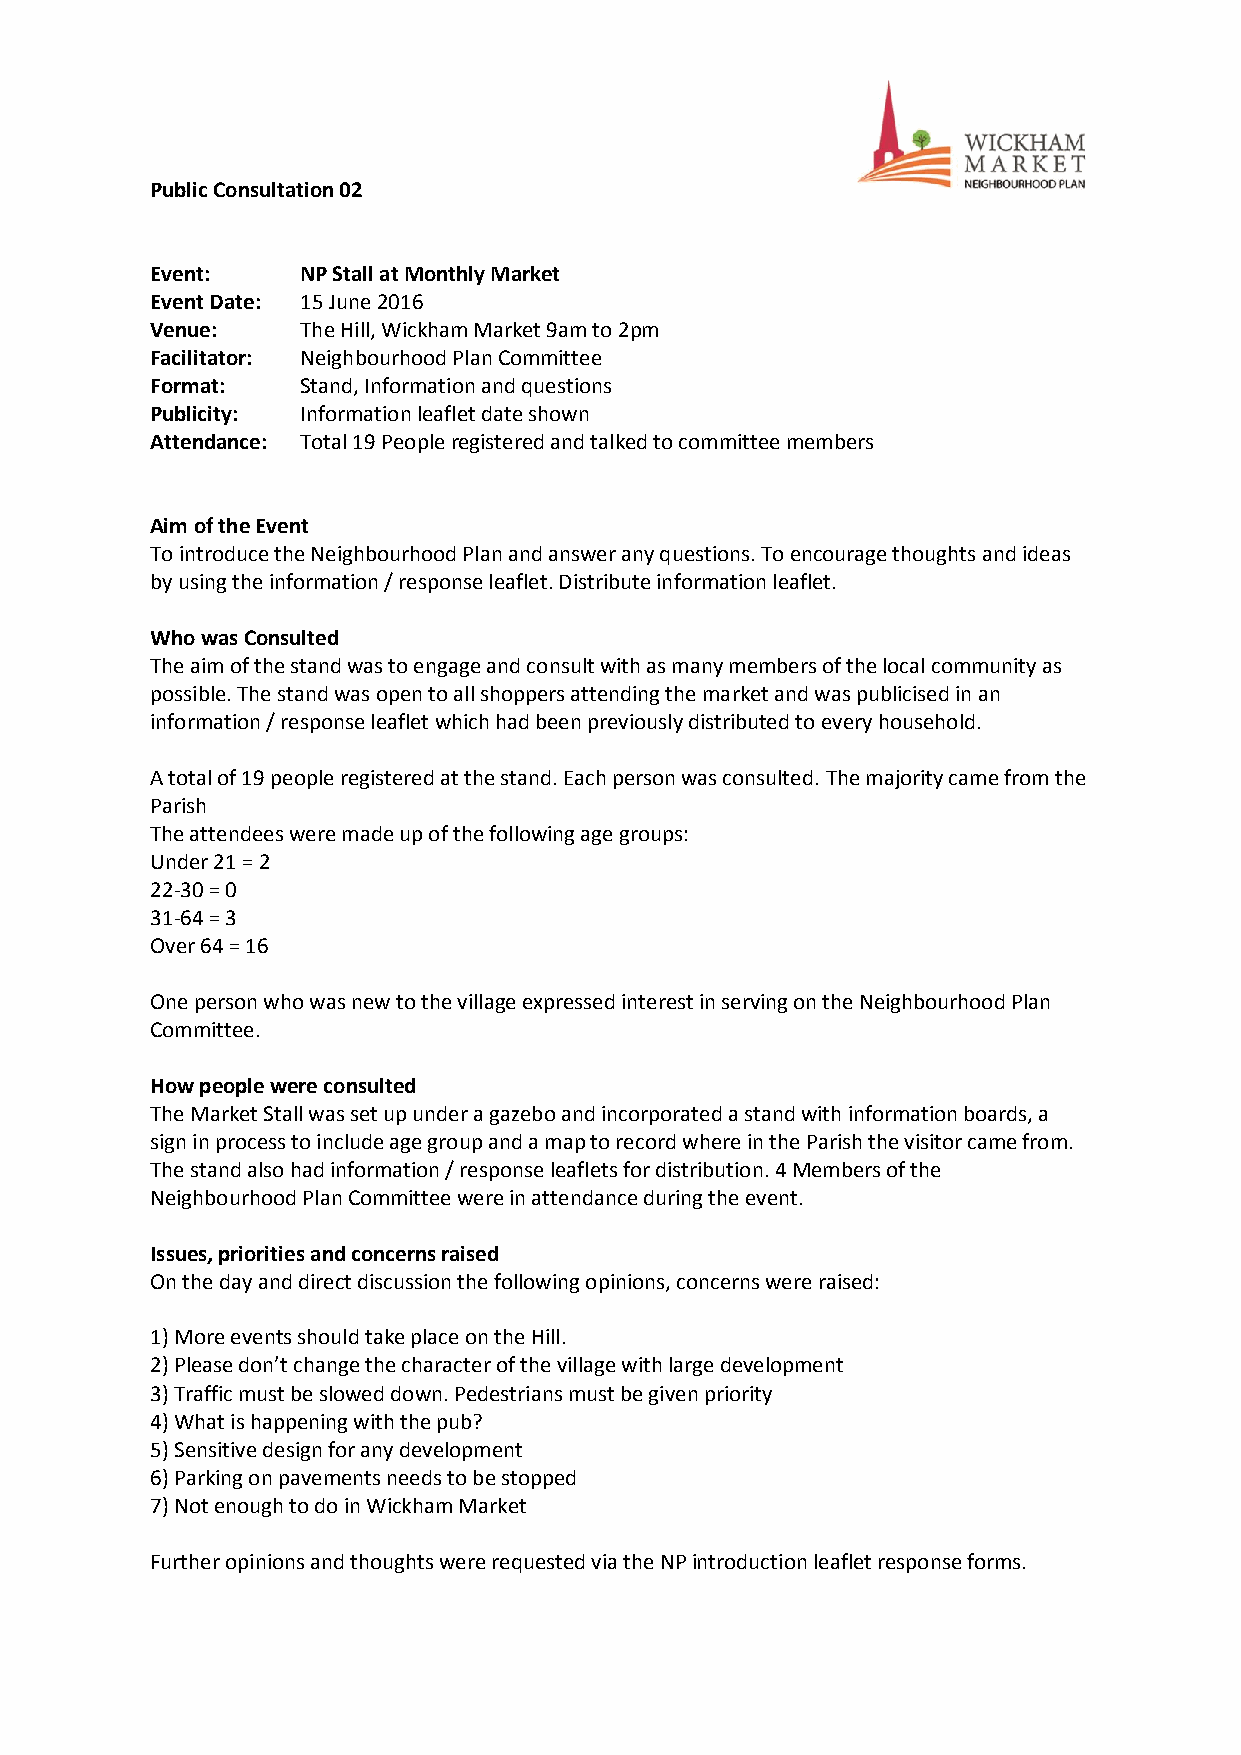
Public Consultation 02
 Event:    NP Stall at Monthly Market
 Event Date: 15 June 2016
 Venue:    The Hill, Wickham Market 9am to 2pm
 Facilitator: Neighbourhood Plan Committee
 Format:   Stand, Information and questions
 Publicity: Information leaflet date shown
 Attendance: Total 19 People registered and talked to committee members
 Aim of the Event
 To introduce the Neighbourhood Plan and answer any questions. To encourage thoughts and ideas
 by using the information / response leaflet. Distribute information leaflet.
 Who was Consulted
 The aim of the stand was to engage and consult with as many members of the local community as
 possible. The stand was open to all shoppers attending the market and was publicised in an
 information / response leaflet which had been previously distributed to every household.
 A total of 19 people registered at the stand. Each person was consulted. The majority came from the
 Parish
 The attendees were made up of the following age groups:
 Under 21 = 2
 22-30 = 0
 31-64 = 3
 Over 64 = 16
 One person who was new to the village expressed interest in serving on the Neighbourhood Plan
 Committee.
 How people were consulted
 The Market Stall was set up under a gazebo and incorporated a stand with information boards, a
 sign in process to include age group and a map to record where in the Parish the visitor came from.
 The stand also had information / response leaflets for distribution. 4 Members of the
 Neighbourhood Plan Committee were in attendance during the event.
 Issues, priorities and concerns raised
 On the day and direct discussion the following opinions, concerns were raised:
 1) More events should take place on the Hill.
 2) Please don’t change the character of the village with large development
 3) Traffic must be slowed down. Pedestrians must be given priority
 4) What is happening with the pub?
 5) Sensitive design for any development
 6) Parking on pavements needs to be stopped
 7) Not enough to do in Wickham Market
 Further opinions and thoughts were requested via the NP introduction leaflet response forms.